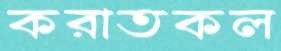
করাতকল